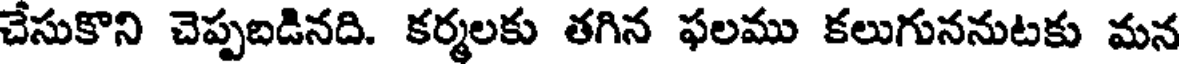
చేసుకొని చెప్పబడినది. కర్మలకు తగిన ఫలము కలుగుననుటకు మన